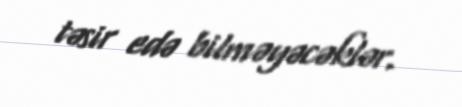
təsir edə bilməyəcəklər.